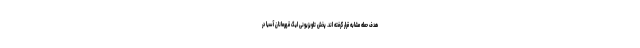
هدف حمله مشابه قرار گرفته اند. پخش تلویزیونی لیگ قهرمانان آسیا در